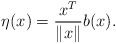
\begin{align*}\eta(x) = \frac{x^T}{\|x\|} b(x) .\end{align*}